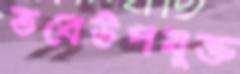
তবেউপযুক্ত